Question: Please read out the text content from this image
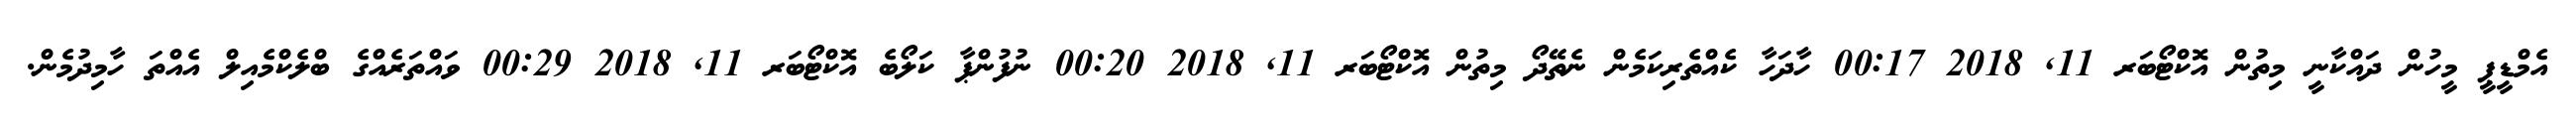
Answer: އެމްޑީޕީ މީހުން ދައްކާނީ މިތުން އޮކްޓޯބަރ 11, 2018 00:17 ހާދަހާ ކެއްތެރިކަމެން ނެތޭދޯ މިތުން އޮކްޓޯބަރ 11, 2018 00:20 ނުފުންޕާ ކަލޯބެ އޮކްޓޯބަރ 11, 2018 00:29 ވައްތަރެއްގެ ބްލެކްމެއިލް އެއްތަ ހާމިދުމެން.